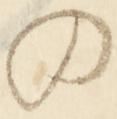
の